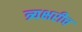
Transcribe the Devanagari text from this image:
त्र्यक्षरीच